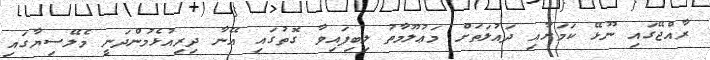
ރާއްޖޭގައި ނޫޅޭ ކަމަށާއި ދައުލަތަށް މަޢުލޫމާތު ލިބިފައިވާ ގޮތުގައި އޭނާ ދިރިއުޅެމުންދަނީ މެލޭސިޔާގައި